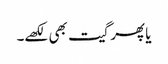
یا پھر گیت بھی لکھے۔